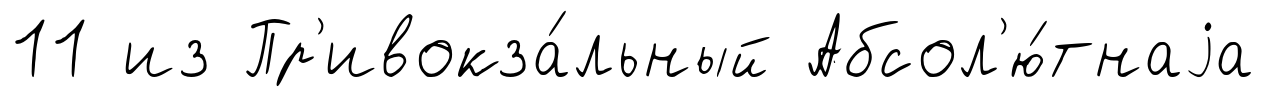
11 из Пр'ивокза́льный Абсол'ю́тнаjа